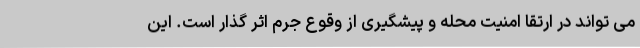
می تواند در ارتقا امنیت محله و پیشگیری از وقوع جرم اثر گذار است. این